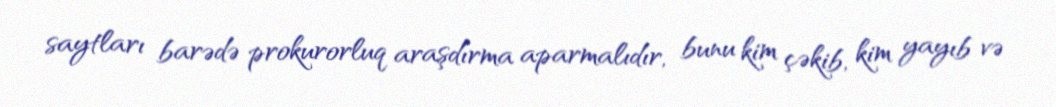
saytları barədə prokurorluq araşdırma aparmalıdır, bunu kim çəkib, kim yayıb və